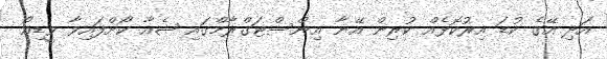
އަދި އޭގެ ކުޑަ އިރުކޮޅެއް ކުރިން އޭނާ އިންސްޓަގްރާމްގައި ޝެއާ ކޯށްފައިވާ ވީޑިއޯ